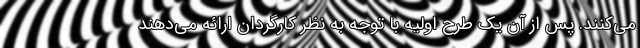
می‌کنند. پس از آن یک طرح اولیه با توجه به نظر کارگردان ارائه می‌دهند